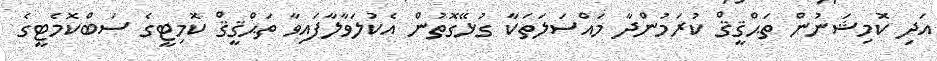
އަދި ކޮމިޝަނުން ތަޙްޤީޤް ކުރަމުންދާ މައްސަލަތަކާ ގުޅޭގޮތުން އެކުލަވާލާފައިވާ ތަޙްޤީޤް ކޮމިޓީގެ ސަބްކޮމެޓީގެ